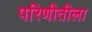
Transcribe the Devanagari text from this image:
परिणीतीला